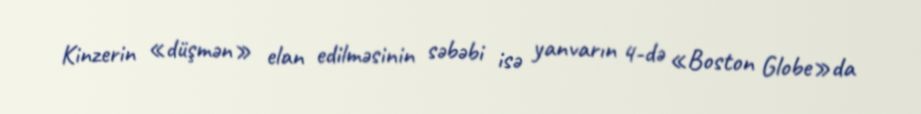
Kinzerin «düşmən» elan edilməsinin səbəbi isə yanvarın 4-də «Boston Globe»da